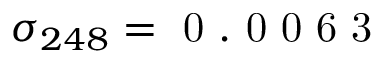
\sigma _ { 2 4 8 } = \mathrm { ~ 0 ~ . ~ 0 ~ 0 ~ 6 ~ 3 ~ }